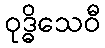
ဝုဒ္ဓိသေဝီ